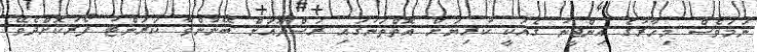
ނަމަވެސް މިހާރުގެ އިންޖީނު ގެއަކީ ކުރިޔަށް އޮތްތަނުގައި ރަސްދޫއަށް ބޭނުންވާ ކަރަންޓު ފޯރުކޮށްދެވޭ